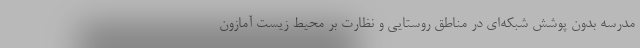
مدرسه بدون پوشش شبکه‌ای در مناطق روستایی و نظارت بر محیط‌ زیست آمازون